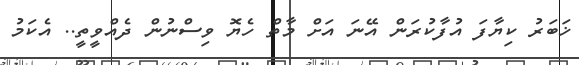
ޚަބަރު ކިޔާފަ އުފާކުރަން އޭނަ އަށް މާތް ހެޔޮ ވިސްނުން ދެއްވީތީ.. އެކަމު